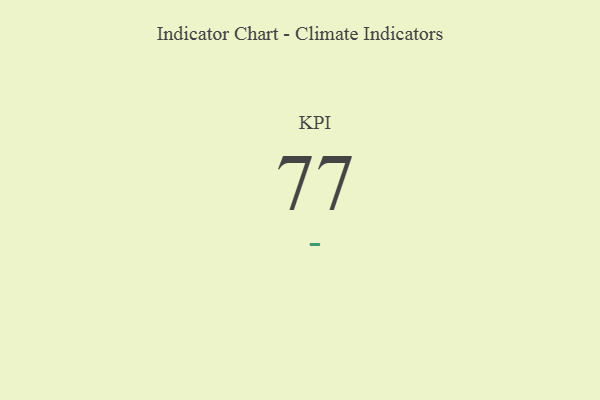
{"axis": {"x": "KPI", "y": "Value"}, "legend": [""], "data": [{"x": "KPI", "y": 77, "type": ""}]}